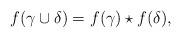
LaTeX: \begin{align*}f(\gamma\cup\delta)=f(\gamma)\star f(\delta),\end{align*}